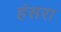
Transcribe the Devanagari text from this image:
हंसरा